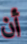
أن